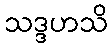
သဒ္ဒဟသိ